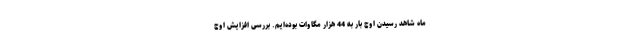
ماه شاهد رسیدن اوج بار به 44 هزار مگاوات بوده‌ایم. بررسی افزایش اوج